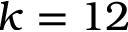
k = 1 2